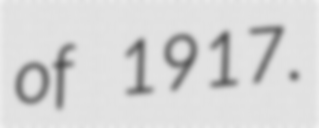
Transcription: of 1917.